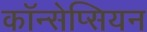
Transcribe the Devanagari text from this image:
कॉन्सेप्सियन